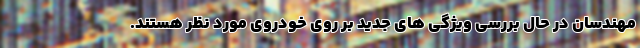
مهندسان در حال بررسی ویژگی های جدید بر روی خودروی مورد نظر هستند.